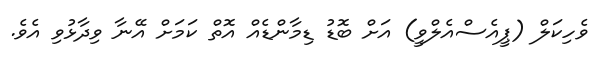
ވެހިކަލް (ޕީއެސްއެލްވީ) އަށް ބޮޑު ޑިމާންޑެއް އޮތް ކަމަށް އޭނާ ވިދާޅުވި އެވެ.